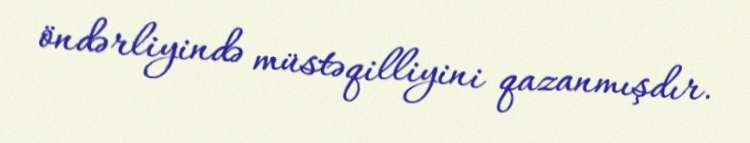
öndərliyində müstəqilliyini qazanmışdır.